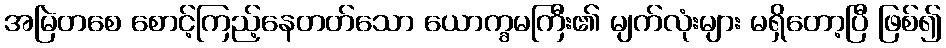
အမြဲတစေ စောင့်ကြည့်နေတတ်သော ယောက္ခမကြီး၏ မျက်လုံးများ မရှိတော့ပြီ ဖြစ်၍